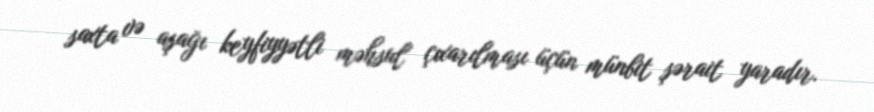
saxta və aşağı keyfiyyətli məhsul çıxarılması üçün münbit şərait yaradır.